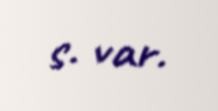
s. var.